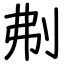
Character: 刜